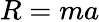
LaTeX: R=ma